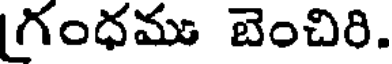
గంధము బెంచిరి.